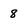
Character: 8